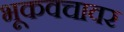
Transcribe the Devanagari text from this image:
भूकवचावर